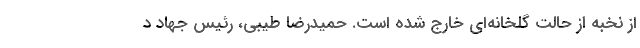
از نخبه از حالت گلخانه‌ای خارج شده است. حمیدرضا طیبی، رئیس جهاد د